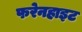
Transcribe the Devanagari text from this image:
फरेनहाइट